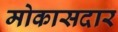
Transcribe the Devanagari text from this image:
मोकासदार